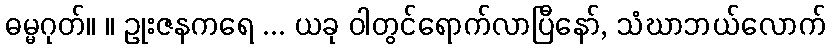
ဓမ္မဂုတ်။ ။ ဥုးဇနကရေ ... ယခု ဝါတွင်ရောက်လာပြီနော်, သံဃာဘယ်လောက်